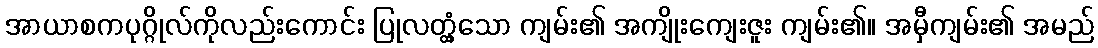
အာယာစကပုဂ္ဂိုလ်ကိုလည်းကောင်း ပြုလတ္တံ့သော ကျမ်း၏ အကျိုးကျေးဇူး ကျမ်း၏။ အမှီကျမ်း၏ အမည်